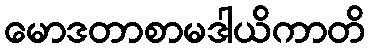
မောဒတာစာမဒါယိကာတိ